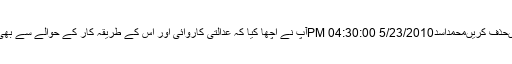
والسلامجاویداقبالجواب دیںحذف کریںمحمداسد5/23/2010 04:30:00 PMآپ نے اچھا کیا کہ عدالتی کاروائی اور اس کے طریقہ کار کے حوالے سے بھی معاملہ کو واضح کردیا۔